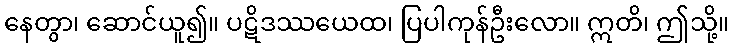
နေတွာ၊ ဆောင်ယူ၍။ ပဋိဒဿယေထ၊ ပြပါကုန်ဦးလော။ ဣတိ၊ ဤသို့။